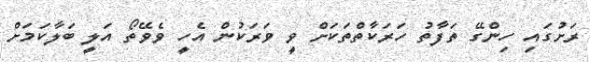
ރަށުގައި ހިންގޭ ތަފާތު ހަރަކާތްތަކަށް ވީ ވަރަކުން އެހީ ވެވޭތޯ އަލީ ބަލާކަމަށް